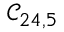
\mathcal { C } _ { 2 4 , 5 }